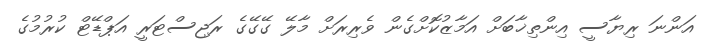
އަންނަ ރިޔާސީ އިންތިޚާބަށް އަމާޒުކޮށްގެން ވެރިރަށް މާލޭ ގޭގޭގެ ރަޖިސްޓަރީ އަޕްޑޭޓް ކުރުމުގެ